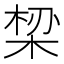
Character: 𬂾